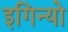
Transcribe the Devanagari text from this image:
इगिन्यो